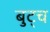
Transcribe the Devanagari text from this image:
बुट्च